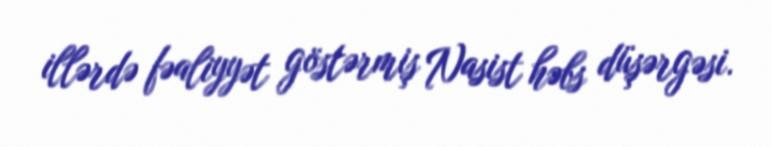
illərdə fəaliyyət göstərmiş Nasist həbs düşərgəsi.